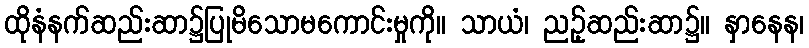
ထိုနံနက်ဆည်းဆာ၌ပြုမိသောမကောင်းမှုကို။ သာယံ၊ ညဥ့်ဆည်းဆာ၌။ နှာနေန၊